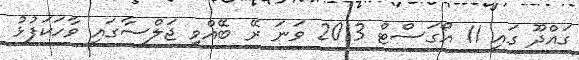
ގައްދޫ ގައި 11 އޯގަސްޓް 2013 ވަނަ ރޭ ބޭއްވި ޖަލްސާގައި ވާހަކަފުޅު